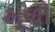
મૂળી